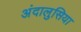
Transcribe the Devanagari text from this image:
अंदालुसिया